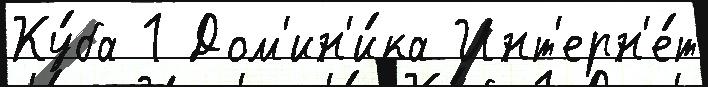
Ку́ба 1 Дом'ин'и́ка Инт'ерн'е́т